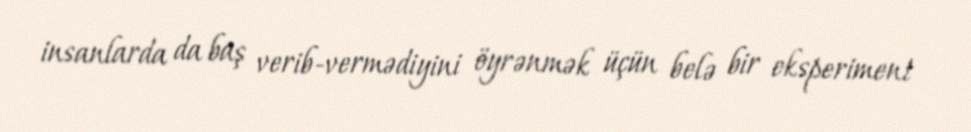
insanlarda da baş verib-vermədiyini öyrənmək üçün belə bir eksperiment